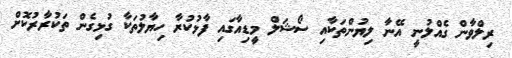
ރިލްވާން ގެއްލުނީ އޭނާ ލިޔުންތަކާއި ސޯޝަލް މީޑިއާގައި ފާޅުކުރާ ހިޔާލުތަކާ ގުޅިގެން ތަކުރާރުކޮށް